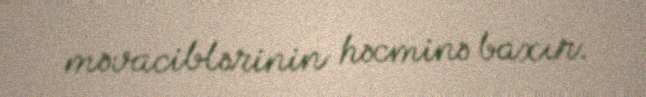
məvaciblərinin həcminə baxır.